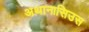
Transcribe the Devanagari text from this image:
अथानासिउस